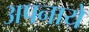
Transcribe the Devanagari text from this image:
अपनायें